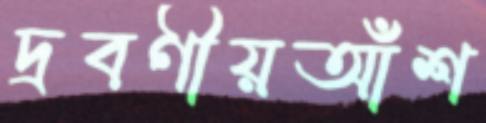
দ্রবণীয়আঁশ